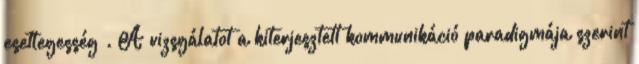
esetlegesség . A vizsgálatot a kiterjesztett kommunikáció paradigmája szerint